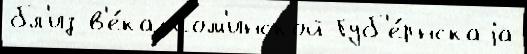
бл'из в'е́ка Сом'инской Губ'е́рнскаjа